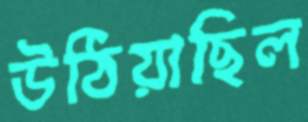
উঠিয়াছিল